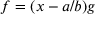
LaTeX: f = ( x - a / b ) g